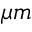
\mu m